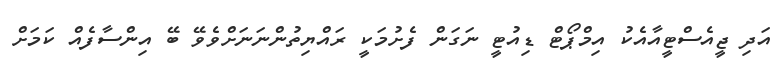
އަދި ޖީއެސްޓީއާއެކު އިމްޕޯޓް ޑިއުޓީ ނަގަން ފެށުމަކީ ރައްޔިތުންނަނަށްވެވޭ ބޭ އިންސާފެއް ކަމަށް